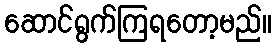
ဆောင်ရွက်ကြရတော့မည်။